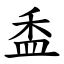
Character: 盉